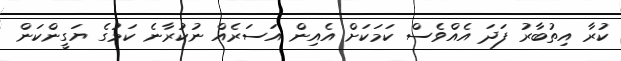
ކުރާ އިތުބާރު ފަދަ އެއްވެސް ކަމަކަށް އެއިން އަސަރެއް ނުކުރާނެ ކަމުގެ ޔަގީންކަން